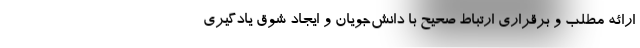
ارائه مطلب و برقراری ارتباط صحیح با دانش‌جویان و ایجاد شوق یادگیری